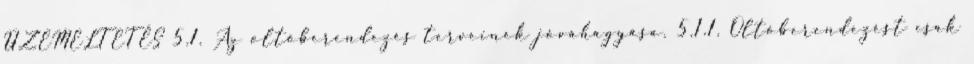
ÜZEMELTETÉS 5.1. Az oltóberendezés terveinek jóváhagyása. 5.1.1. Oltóberendezést csak